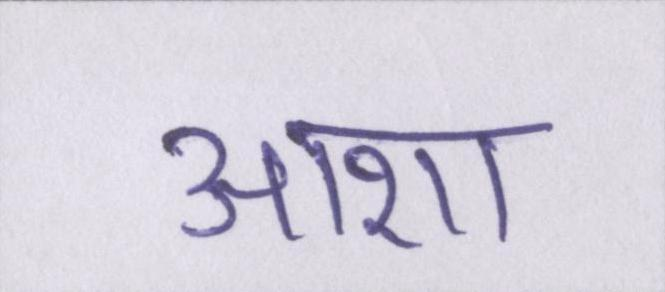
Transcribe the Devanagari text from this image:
आशा